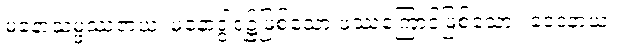
မနောသမ္ဖဿဇာယ၊ မနောဒွါရ၌ဖြစ်သော ဖဿကြောင့်ဖြစ်သော။ ဝေဒနာယ၊